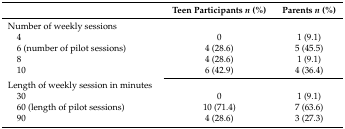
|  | Teen Participants n (%) | Parents n (%) |
 | --- | --- | --- |
 | Number of weekly sessions |  |  |
 | 4 | 0 | 1 (9.1) |
 | 6 (number of pilot sessions) | 4 (28.6) | 5 (45.5) |
 | 8 | 4 (28.6) | 1 (9.1) |
 | 10 | 6 (42.9) | 4 (36.4) |
 | Length of weekly session in minutes |  |  |
 | 30 | 0 | 1 (9.1) |
 | 60 (length of pilot sessions) | 10 (71.4) | 7 (63.6) |
 | 90 | 4 (28.6) | 3 (27.3) |